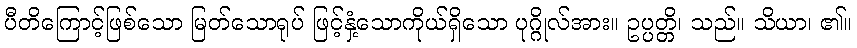
ပီတိကြောင့်ဖြစ်သော မြတ်သောရုပ် ဖြင့်နှံ့သောကိုယ်ရှိသော ပုဂ္ဂိုလ်အား။ ဥပ္ပတ္တိ၊ သည်။ သိယာ၊ ၏။